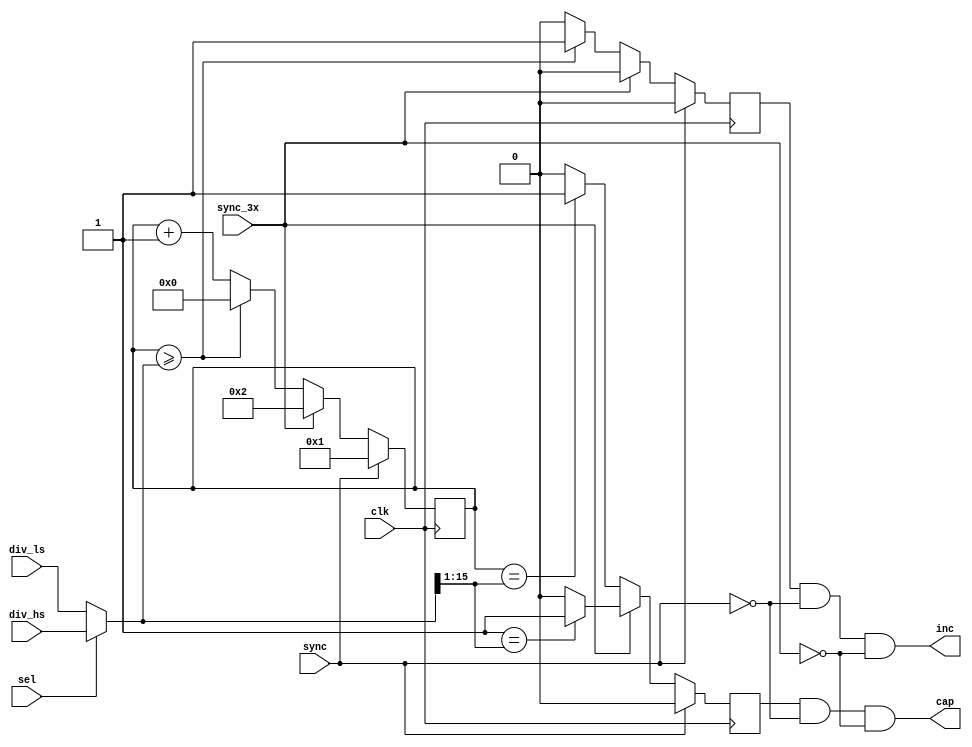
/*
 * This Source Code Form is subject to the terms of the Mozilla
 * Public License, v. 2.0. If a copy of the MPL was not distributed
 * with this file, You can obtain one at https://mozilla.org/MPL/2.0/.
 * Notice: The scope granted to MPL excludes the ASIC industry.
 *
 * Copyright (c) 2017 DUKELEC, All rights reserved.
 *
 */

module cd_baud_rate
   #(
        parameter INIT_VAL = 1,
        parameter FOR_TX = 0
   )(
        input               clk,
        input               sync,   // reset counters to INIT_VAL
        input               sync_3x,

        input       [15:0]  div_ls, // low speed
        input       [15:0]  div_hs, // high speed
        input               sel,

        output              inc,
        output              cap
    );

reg inc_d;
reg cap_d;
assign inc = inc_d & !sync & !sync_3x;
assign cap = cap_d & !sync & !sync_3x;

wire [15:0] div = sel ? div_hs : div_ls;
reg [15:0] cnt;

always @(posedge clk) begin
    inc_d <= 0;
    cap_d <= 0;

    if (sync) begin
        cnt <= INIT_VAL;
    end
    else if (sync_3x) begin
        cnt <= INIT_VAL + 1;
        if (INIT_VAL == div[15:1])
            cap_d <= 1;
    end
    else begin
        cnt <= cnt + 1'b1;

        if (FOR_TX) begin // at 3/4 position
            if (cnt == div - div[15:2])
                cap_d <= 1;
        end
        else begin // at 1/2 position
            if (cnt == {1'd0, div[15:1]})
                cap_d <= 1;
        end

        if (cnt >= div) begin
            cnt <= 0;
            inc_d <= 1;
        end
    end
end

endmodule